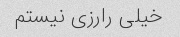
خیلی رارزی نیستم